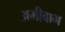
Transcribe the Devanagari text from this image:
अमीबाभ